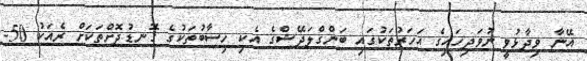
އޭނާ ވިދާޅުވީ ނުވަދިހައިގެ އަހަރުތަކުގައި ބަންގްލަދޭޝްގެ އެކި ހިސާބުތަކުގެ ގޮނޑުދޮށްތަކަށް ރެއަކު 50-